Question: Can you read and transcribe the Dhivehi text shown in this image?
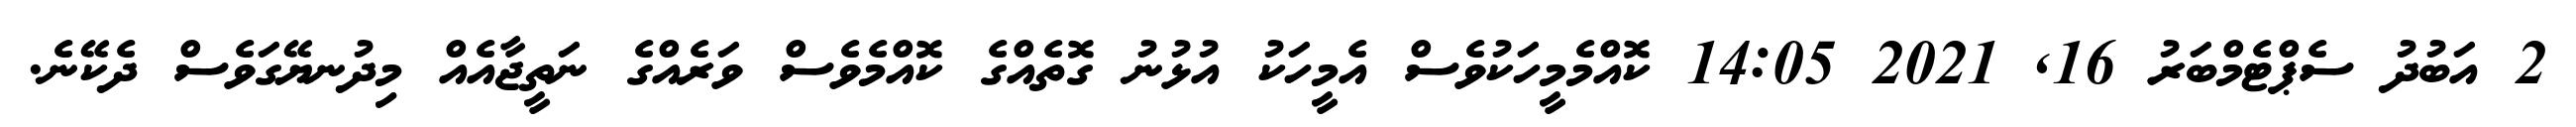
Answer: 2 އަބުދު ސެޕްޓެމްބަރު 16, 2021 14:05 ކޮއްމެމީހަކުވެސް އެމީހަކު އުޅުނު ގޮތެއްގެ ކޮއްމެވެސް ވަރެއްގެ ނަތީޖާއެއް މިދުނޔޭގަވެސް ދެކޭނެ.